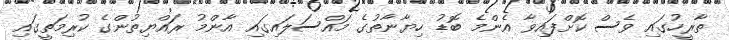
ތާރީހުގައި ވެސް ކޮށްފައިވާ އެންމެ ބޮޑު ހިޔާނާތުގެ މައްސަލައިގައި އާންމު ރައްޔިތުންގެ ކުރިމަތީގައި